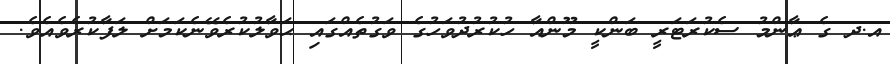
އ.ދ ގެ ޢާންމު ސެކުރަޓަރީ ބަންކީ މޫންއާ ހުކުރުދުވަހުގެ ވަގުތެއްގައި ޙަވާލުކުރެވޭނެކަމަށް ލަފާކުރެވެއެވެ.